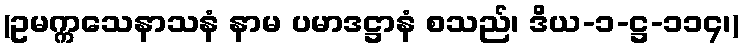
(ဥမက္ကသေနာသနံ နာမ ပမာဒဋ္ဌာနံ စသည်၊ ဒိယ-၁-ဋ္ဌ-၁၁၄၊)